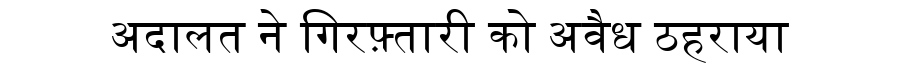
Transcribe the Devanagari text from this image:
अदालत ने गिरफ़्तारी को अवैध ठहराया